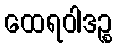
ထေရဝါဒဉ္စ